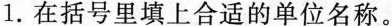
1.在括号里填上合适的单位名称。